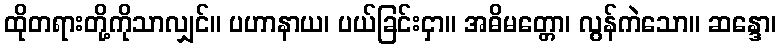
ထိုတရားတို့ကိုသာလျှင်။ ပဟာနာယ၊ ပယ်ခြင်းငှာ။ အဓိမတ္တော၊ လွန်ကဲသော။ ဆန္ဒော၊